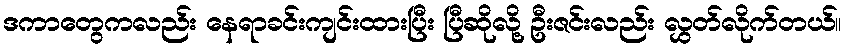
ဒကာတွေကလည်း နေရာခင်းကျင်းထားပြီး ပြီဆိုလို့ ဦးဇင်းလည်း လွှတ်လိုက်တယ်။